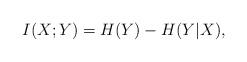
LaTeX: \begin{align*}I(X;Y) = H(Y) - H(Y|X),\end{align*}